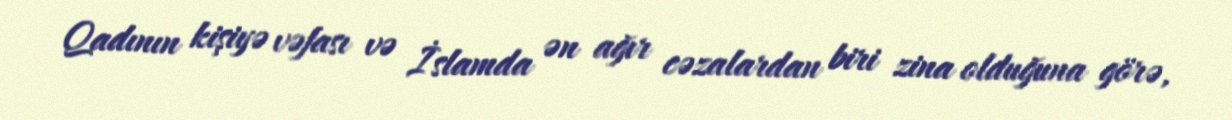
Qadının kişiyə vəfası və İslamda ən ağır cəzalardan biri zina olduğuna görə,